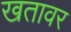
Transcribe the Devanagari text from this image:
खतावर